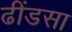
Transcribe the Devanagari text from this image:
ढींडसा